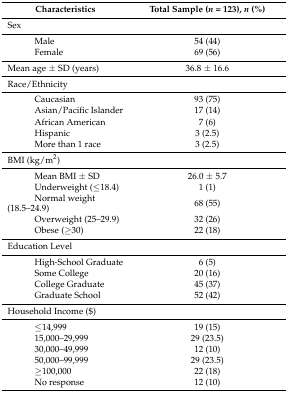
<table><thead><tr><td><b>Characteristics</b></td><td><b>Total Sample (<i>n</i> = 123), <i>n</i> (%)</b></td></tr></thead><tbody><tr><td>Sex</td><td></td></tr><tr><td>Male</td><td>54 (44)</td></tr><tr><td>Female</td><td>69 (56)</td></tr><tr><td>Mean age ± SD (years)</td><td>36.8 ± 16.6</td></tr><tr><td>Race/Ethnicity</td><td></td></tr><tr><td>Caucasian</td><td>93 (75)</td></tr><tr><td>Asian/Pacific Islander</td><td>17 (14)</td></tr><tr><td>African American</td><td>7 (6)</td></tr><tr><td>Hispanic</td><td>3 (2.5)</td></tr><tr><td>More than 1 race</td><td>3 (2.5)</td></tr><tr><td>BMI (kg/m<sup>2</sup>)</td><td></td></tr><tr><td>Mean BMI ± SD</td><td>26.0 ± 5.7</td></tr><tr><td>Underweight (≤18.4)</td><td>1 (1)</td></tr><tr><td>Normal weight (18.5–24.9)</td><td>68 (55)</td></tr><tr><td>Overweight (25–29.9)</td><td>32 (26)</td></tr><tr><td>Obese (≥30)</td><td>22 (18)</td></tr><tr><td>Education Level</td><td></td></tr><tr><td>High-School Graduate</td><td>6 (5)</td></tr><tr><td>Some College</td><td>20 (16)</td></tr><tr><td>College Graduate</td><td>45 (37)</td></tr><tr><td>Graduate School</td><td>52 (42)</td></tr><tr><td>Household Income ($)</td><td></td></tr><tr><td>≤14,999</td><td>19 (15)</td></tr><tr><td>15,000–29,999</td><td>29 (23.5)</td></tr><tr><td>30,000–49,999</td><td>12 (10)</td></tr><tr><td>50,000–99,999</td><td>29 (23.5)</td></tr><tr><td>≥100,000</td><td>22 (18)</td></tr><tr><td>No response</td><td>12 (10)</td></tr></tbody></table>